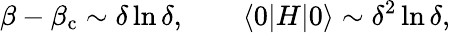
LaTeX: \beta-\beta_{\mathrm{c}}\sim\delta\ln\delta,\qquad\langle 0|H|0\rangle\sim\delta^{2}\ln\delta,